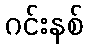
ဂင်းနစ်